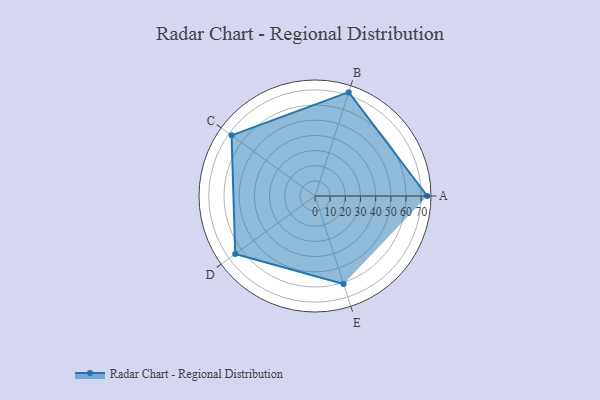
{"axis": {"x": "Skill", "y": "Score"}, "legend": ["Profile"], "data": [{"x": "A", "y": 74.0, "type": "Profile"}, {"x": "B", "y": 72.0, "type": "Profile"}, {"x": "C", "y": 68.0, "type": "Profile"}, {"x": "D", "y": 65.0, "type": "Profile"}, {"x": "E", "y": 61.0, "type": "Profile"}]}